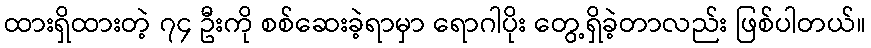
ထားရှိထားတဲ့ ၇၄ ဦးကို စစ်ဆေးခဲ့ရာမှာ ရောဂါပိုး တွေ့ရှိခဲ့တာလည်း ဖြစ်ပါတယ်။